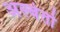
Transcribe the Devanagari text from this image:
अल्बेर्तो